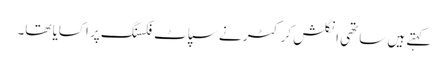
کہتے ہیں ساتھی انگلش کرکٹر نے سپاٹ فکسنگ پر اکسایا تھا۔